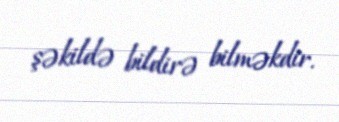
şəkildə bildirə bilməkdir.